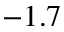
- 1 . 7